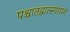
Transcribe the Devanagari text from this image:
पश्चातद्वात्स्यायन